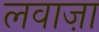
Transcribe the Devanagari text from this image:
लवाज़ा